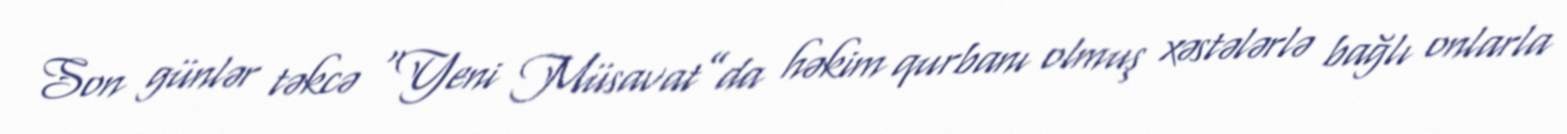
Son günlər təkcə “Yeni Müsavat”da həkim qurbanı olmuş xəstələrlə bağlı onlarla